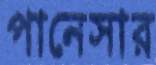
পানেসার